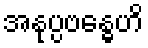
အနုပ္ပဗန္ဓေဟိ